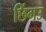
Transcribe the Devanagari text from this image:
छिंगउ